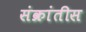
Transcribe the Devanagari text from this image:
संक्रांतीस